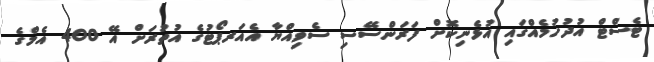
ޓެސްޓް އުދުހުމެއްގައި އުޅެނިކޮށް ފަރަންސޭސި ސެވިއްޔާ އެއަރޕޯޓުގެ އުތުރަށް އޭ 400 އެމްގެ